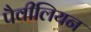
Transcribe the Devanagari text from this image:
पैवीलियन